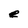
Character: e